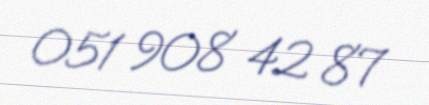
051 908 42 87